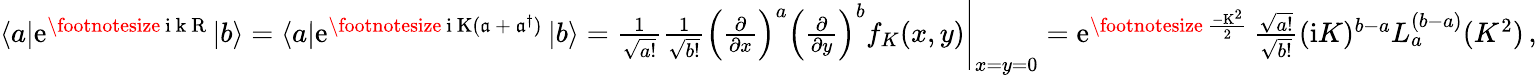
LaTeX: \begin{array}{r}{\langle a|\mathrm{e}^{\mathrm{\footnotesize~\mathrm{i}~k~R~}}|b\rangle=\langle a|\mathrm{e}^{\mathrm{\footnotesize~\mathrm{i}~K(\mathfrak{a}~+~\mathfrak{a}^{\dagger})~}}|b\rangle=\frac{1}{\sqrt{a!}}\frac{1}{\sqrt{b!}}\Big(\frac{\partial}{\partial x}\Big)^{a}\Big(\frac{\partial}{\partial y}\Big)^{b}f_{K}(x,y)\Bigg|_{x=y=0}=\mathrm{e}^{\mathrm{\footnotesize~\frac{-K^{2}}{2}~}}\frac{\sqrt{a!}}{\sqrt{b!}}(\mathrm{i}K)^{b-a}L_{a}^{(b-a)}(K^{2})\, ,}\end{array}